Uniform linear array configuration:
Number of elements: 48
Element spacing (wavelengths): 0.25
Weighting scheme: blackman
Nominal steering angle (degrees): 45
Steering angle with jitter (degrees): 43.016
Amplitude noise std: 0.05
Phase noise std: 0.05

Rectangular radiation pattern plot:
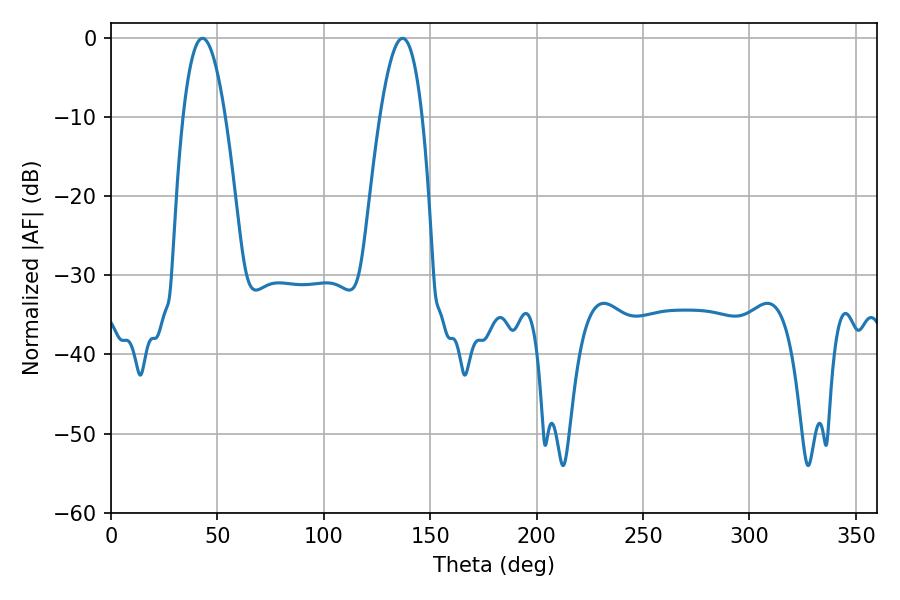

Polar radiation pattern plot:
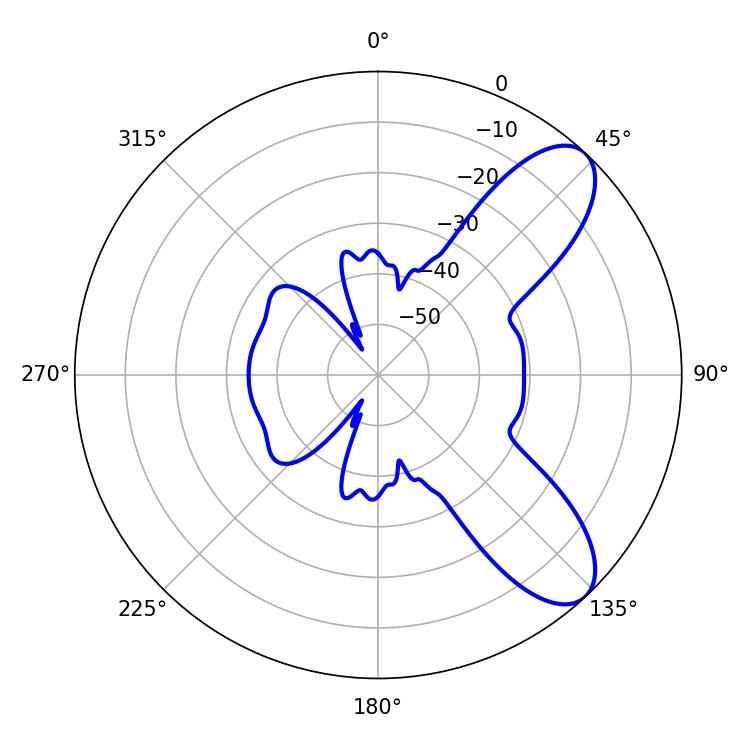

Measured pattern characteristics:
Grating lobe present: FALSE
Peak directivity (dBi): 8.527
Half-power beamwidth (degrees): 10.8
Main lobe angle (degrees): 43.02